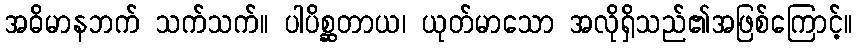
အဓိမာနဘက် သက်သက်။ ပါပိစ္ဆတာယ၊ ယုတ်မာသော အလိုရှိသည်၏အဖြစ်ကြောင့်။